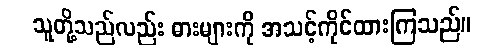
သူတို့သည်လည်း ဓားများကို အသင့်ကိုင်ထားကြသည်။